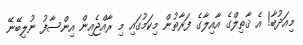
މިއަދުބާ! އެ ޤާތިލްގެ އާއިލާގެ ފަރާތުން މިކަމުގައި މި ރާއްޖެއިން އިންސާފު ނުލިބޭނޭ